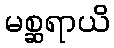
မစ္ဆရာယိ